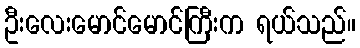
ဦးလေးမောင်မောင်ကြီးက ရယ်သည်။